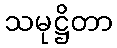
သမုဋ္ဌိတာ